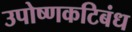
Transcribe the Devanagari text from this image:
उपोष्णकटिबंध